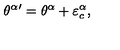
{ \theta ^ { \alpha } } { } ^ { \prime } = { \theta ^ { \alpha } } + \varepsilon _ { c } ^ { \alpha } ,